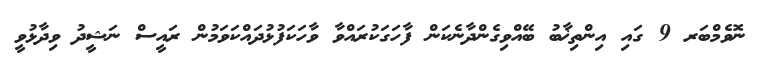
ނޮވެމްބަރ 9 ގައި އިންތިޚާބު ބޭއްވިގެންދާނެކަން ފާހަގަކުރައްވާ ވާހަކަފުޅުދައްކަވަމުން ރައީސް ނަޝީދު ވިދާޅުވީ